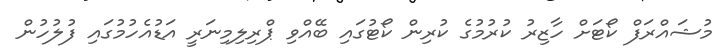
މުޝައްރަފް ކޯޓަށް ހާޒިރު ކުރުމުގެ ކުރިން ކޯޓުގައި ބޭއްވި ޕްރިލިމިނަރީ އަޑުއެހުމުގައި ފުލުހުން